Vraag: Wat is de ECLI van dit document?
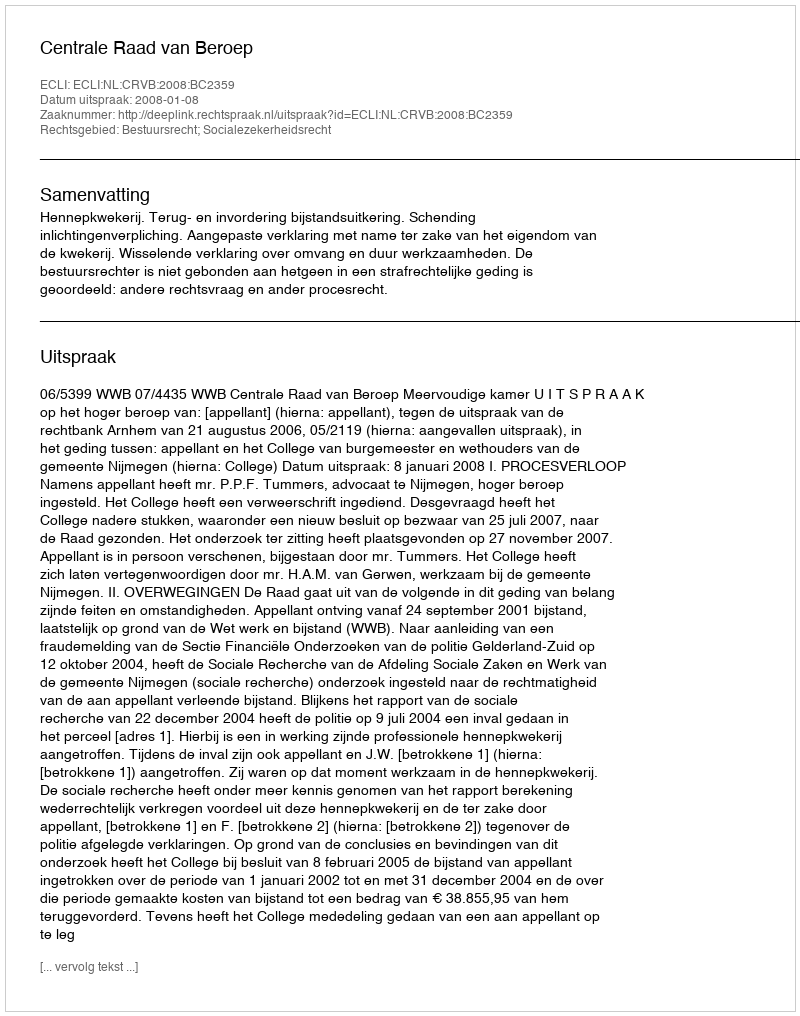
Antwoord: ECLI:NL:CRVB:2008:BC2359